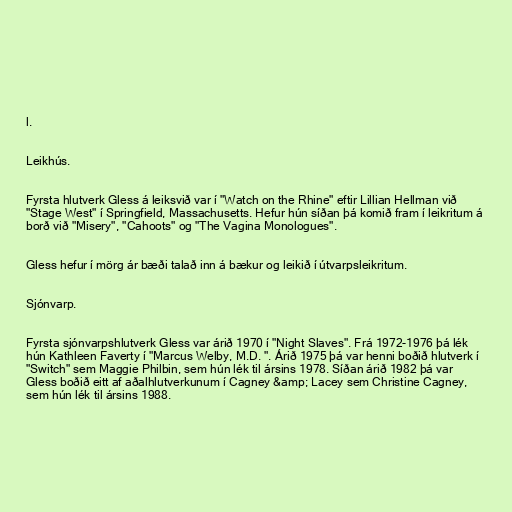
l.

Leikhús.

Fyrsta hlutverk Gless á leiksvið var í "Watch on the Rhine" eftir Lillian Hellman við
"Stage West" í Springfield, Massachusetts. Hefur hún síðan þá komið fram í leikritum á
borð við "Misery", "Cahoots" og "The Vagina Monologues".

Gless hefur í mörg ár bæði talað inn á bækur og leikið í útvarpsleikritum.

Sjónvarp.

Fyrsta sjónvarpshlutverk Gless var árið 1970 í "Night Slaves". Frá 1972-1976 þá lék
hún Kathleen Faverty í "Marcus Welby, M.D. ". Árið 1975 þá var henni boðið hlutverk í
"Switch" sem Maggie Philbin, sem hún lék til ársins 1978. Síðan árið 1982 þá var
Gless boðið eitt af aðalhlutverkunum í Cagney &amp; Lacey sem Christine Cagney,
sem hún lék til ársins 1988.